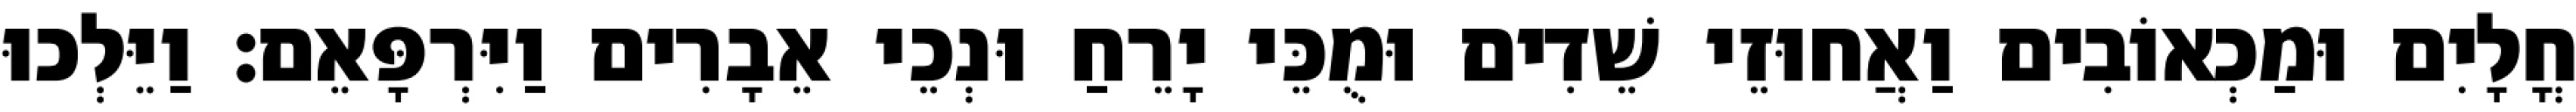
חֳלָיִם וּמַכְאוֹבִים וַאֲחוּזֵי שֵׁדִים וּמֻכֵּי יָרֵחַ וּנְכֵי אֵבָרִים וַיִּרְפָּאֵם׃ וַיֵּלְכוּ